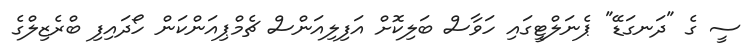
ސީ ގެ "ދަނގަޑޭ" ޕެނަލްޓީގައި ހަވާސް ބަލިކޮށް އަފިލިއަންސް ޗެމްޕިއަންކަން ހޯދައިފި ބްރެޒިލްގެ